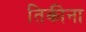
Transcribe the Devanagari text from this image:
तिकीना